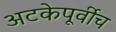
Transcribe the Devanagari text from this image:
अटकेपूर्वीच